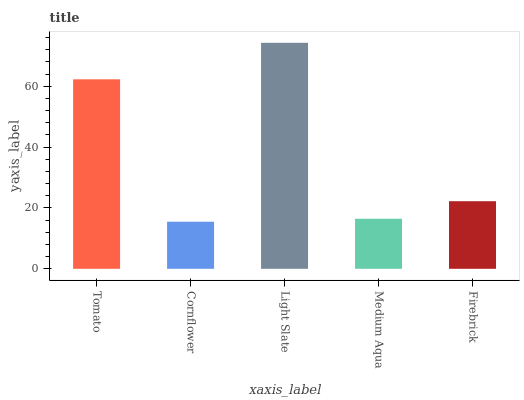
| xaxis_label | bars |
 | --- | --- |
 | Tomato | 62.3 |
 | Cornflower | 15.5 |
 | Light Slate | 74.3 |
 | Medium Aqua | 16.5 |
 | Firebrick | 22.2 |